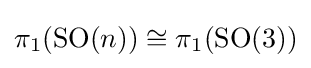
\pi _{1}({\text{SO}}(n))\cong \pi _{1}({\text{SO}}(3))